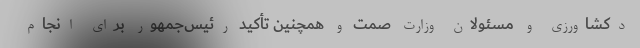
دکشاورزی و مسئولان وزارت صمت و همچنین تأکید رئیس‌جمهور برای انجام